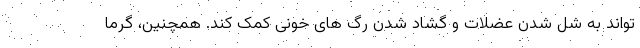
تواند به شل شدن عضلات و گشاد شدن رگ های خونی کمک کند. همچنین، گرما